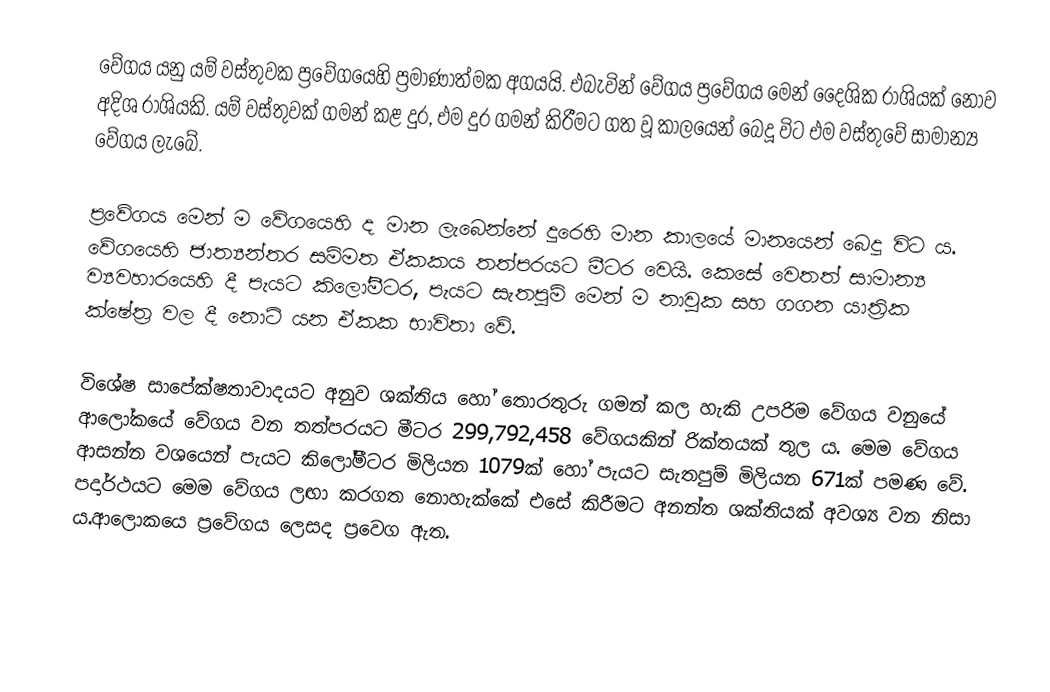
වේගය යනු යම් වස්තුවක ප්‍රවේගයෙහි ප්‍රමාණාත්මක අගයයි. එබැවින් වේගය ප්‍රවේගය මෙන් දෛශික රාශියක් නොව අදිශ රාශියකි. යම් වස්තුවක් ගමන් කළ දුර, එම දුර ගමන් කිරීමට ගත වූ කාලයෙන් බෙදූ විට එම වස්තුවේ සාමාන්‍ය වේගය ලැබේ.

ප්‍රවේගය මෙන් ම වේගයෙහි ද මාන ලැබෙන්නේ දුරෙහි මාන කාලයේ මානයෙන් බෙදූ විට ය. වේගයෙහි ජාත්‍යන්තර සම්මත ඒකකය තත්පරයට මීටර වෙයි. කෙසේ වෙතත් සාමාන්‍ය ව්‍යවහාරයෙහි දී පැයට කිලෝමීටර, පැයට සැතපුම් මෙන් ම නාවුක සහ ගගන යාත්‍රික ක්ෂේත්‍ර වල දී නොට් යන ඒකක භාවිතා වේ.

විශේෂ සාපේක්ෂතාවාදයට අනුව ශක්තිය හෝ තොරතුරු ගමන් කල හැකි උපරිම වේගය වනුයේ ආලෝකයේ වේගය වන තත්පරයට මීටර 299,792,458 වේගයකින් රික්තයක් තුල ය. මෙම වේගය ආසන්න වශයෙන් පැයට කිලෝමීටර මිලියන 1079ක් හෝ පැයට සැතපුම් මිලියන 671ක් පමණ වේ. පදාර්ථයට මෙම වේගය ලඟා කරගත නොහැක්කේ එසේ කිරීමට අනන්ත ශක්තියක් අවශ්‍ය වන නිසා ය.ආලොකයෙ ප්‍රවේගය ලෙසද ප්‍රවෙග ඇත.